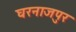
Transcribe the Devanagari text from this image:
घरनाजपुर